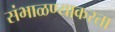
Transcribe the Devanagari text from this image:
संभाळण्याकरता